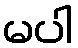
မပါ